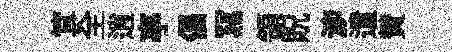
䇯全逍亭倡冩領貺㴑遣賛